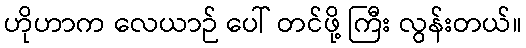
ဟိုဟာက လေယာဉ် ပေါ် တင်ဖို့ ကြီး လွန်းတယ်။